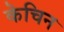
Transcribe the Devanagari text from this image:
केचिन